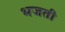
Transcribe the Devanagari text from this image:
भजती